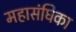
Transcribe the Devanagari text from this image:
महासंघिका